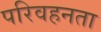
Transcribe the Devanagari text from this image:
परिवहनता